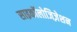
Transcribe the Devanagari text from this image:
साइकॉलोजिज़ेशन